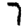
Digit: 7